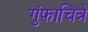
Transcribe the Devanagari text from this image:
गुंफाचित्रे